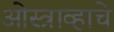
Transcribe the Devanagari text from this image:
ओस्त्राव्हाचे